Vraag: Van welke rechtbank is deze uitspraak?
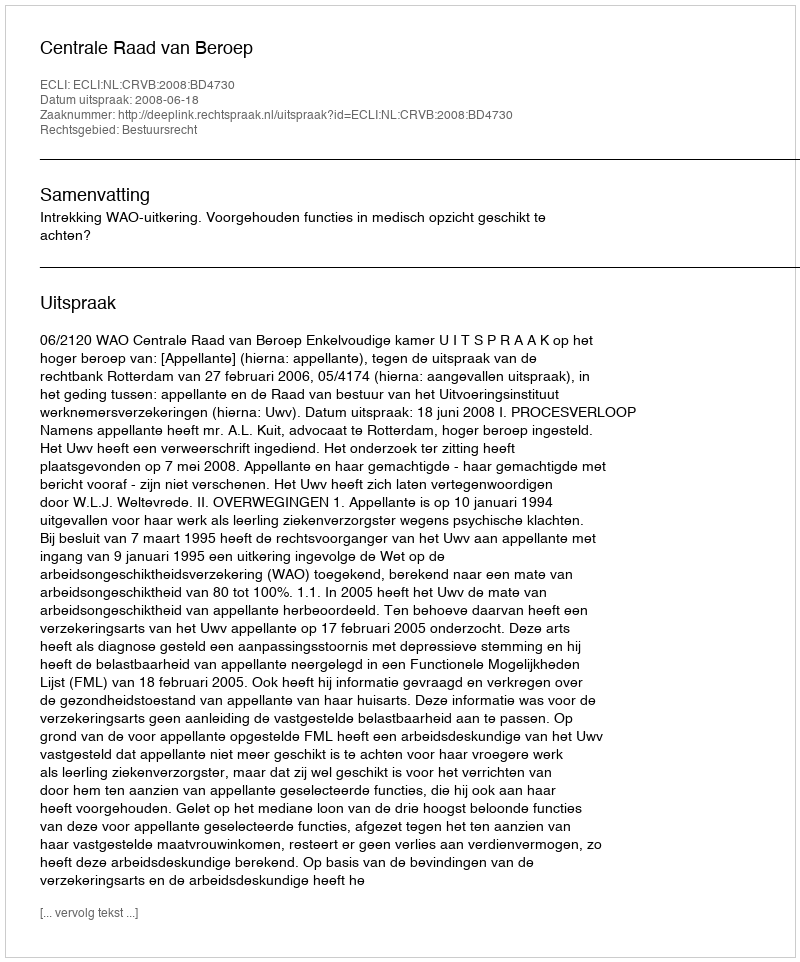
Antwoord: Centrale Raad van Beroep